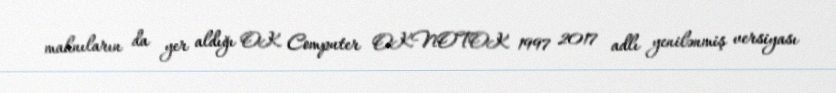
mahnıların da yer aldığı OK Computer OKNOTOK 1997 2017 adlı yenilənmiş versiyası